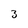
Character: 3